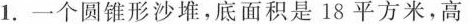
1. 一个圆锥形沙堆，底面积是 18 平方米，高